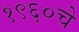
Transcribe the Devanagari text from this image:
१९६०चे